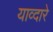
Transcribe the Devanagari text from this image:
याव्दारे